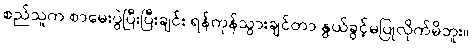
စည်သူက စာမေးပွဲပြီးပြီးချင်း ရန်ကုန်သွားချင်တာ နွယ်ခွင့်မပြုလိုက်မိဘူး။